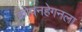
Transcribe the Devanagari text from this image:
कोपनहेगनला